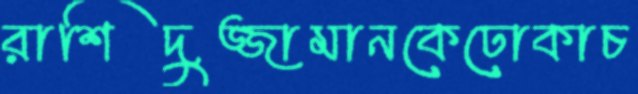
রাশিদুজ্জামানকেঢোকাচ